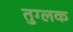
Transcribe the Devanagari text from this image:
तुग्लक